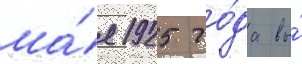
ма́я 1925 го́да вы́